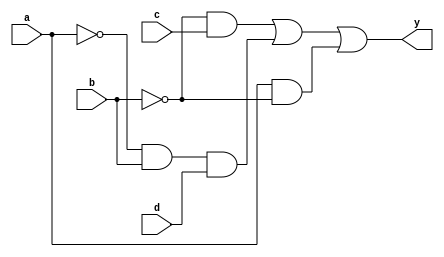
module mux(y,a,b,c,d);
input a,b,c,d;
output y;

assign y = (~b & c) | (~a & b & d) | (a & ~b);
endmodule